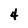
Character: 4